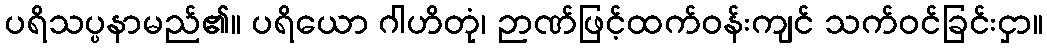
ပရိသပ္ပနာမည်၏။ ပရိယော ဂါဟိတုံ၊ ဉာဏ်ဖြင့်ထက်ဝန်းကျင် သက်ဝင်ခြင်းငှာ။